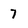
Character: 7